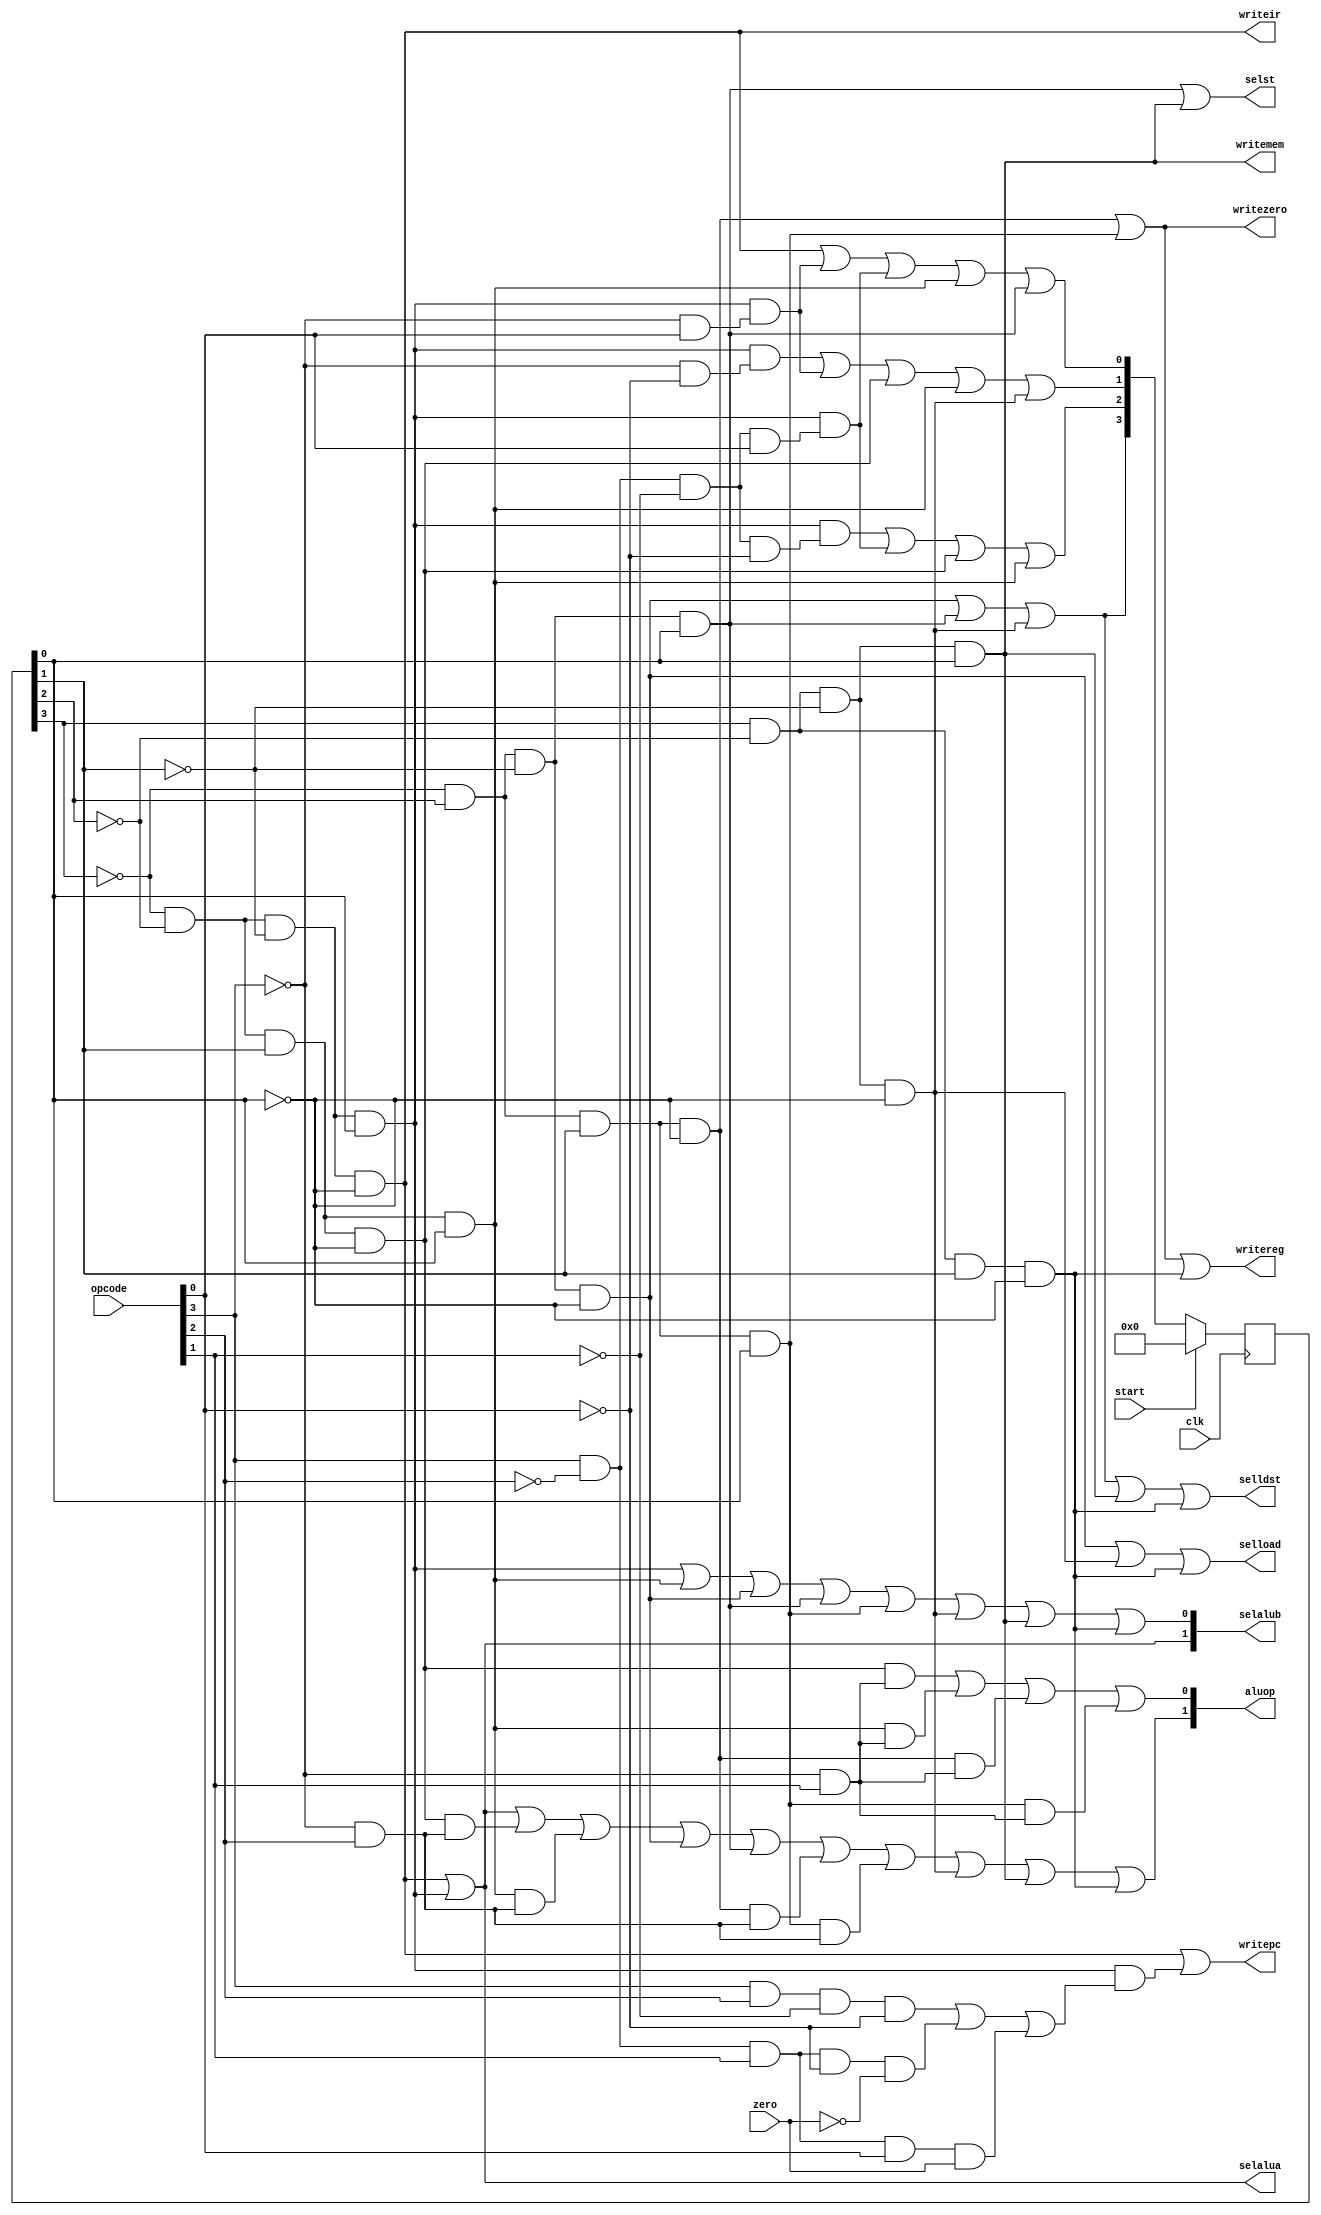
module   control(clk,start,zero,opcode,writepc,selldst,writemem,writeir,selload,selst,writereg,selalua,selalub,aluop,writezero);

input clk,start,zero;
input [5:0] opcode;
output writepc,selldst,writemem,writeir,selload,selst,writereg,selalua,writezero;
output [1:0] selalub,aluop;

reg  [3:0]q;
wire [3:0]d;
wire  zero;

always @(posedge clk)
	begin
		if(start)
			q<=4'd0;
		else
			q<=d;									
	end	
assign d[0]=(~q[3]&~q[2]&~q[1]&~q[0])|((~q[3]&~q[2]&~q[1]&q[0])&(~opcode[3]&opcode[0]))|((~q[3]&~q[2]&~q[1]&q[0])&(opcode[3]&~opcode[2]&~opcode[1]&opcode[0]))|(~q[3]&~q[2]&q[1]&q[0])|(~q[3]&q[2]&~q[1]&q[0]);
assign d[1]=((~q[3]&~q[2]&~q[1]&q[0])&(~opcode[3]&~opcode[0]))|((~q[3]&~q[2]&~q[1]&q[0])&(~opcode[3]&opcode[0]))|(~q[3]&~q[2]&q[1]&~q[0])|(~q[3]&~q[2]&q[1]&q[0])|(q[3]&~q[2]&~q[1]&~q[0]);
assign d[2]=((~q[3]&~q[2]&~q[1]&q[0])&(opcode[3]&~opcode[2]&~opcode[1]&~opcode[0]))|((~q[3]&~q[2]&~q[1]&q[0])&(opcode[3]&~opcode[2]&~opcode[1]&opcode[0]))|(~q[3]&~q[2]&q[1]&~q[0])|(~q[3]&~q[2]&q[1]&q[0]);
assign d[3]=(~q[3]&q[2]&~q[1]&~q[0])|(~q[3]&q[2]&~q[1]&q[0])|(q[3]&~q[2]&~q[1]&~q[0]);
assign writepc=(~q[3]&~q[2]&~q[1]&~q[0])|((~q[3]&~q[2]&~q[1]&q[0])&((opcode[3]&opcode[2]&~opcode[1]&~opcode[0])|(opcode[3]&~opcode[2]&opcode[1]&~opcode[0]&~zero)|(opcode[3]&~opcode[2]&opcode[1]&opcode[0]&zero)));
assign selldst=(~q[3]&q[2]&~q[1]&~q[0])|(~q[3]&q[2]&~q[1]&q[0])|(q[3]&~q[2]&~q[1]&~q[0])|(q[3]&~q[2]&~q[1]&q[0])|(q[3]&~q[2]&q[1]&~q[0]);
assign writemem=q[3]&~q[2]&~q[1]&q[0];
assign writeir=~q[3]&~q[2]&~q[1]&~q[0];
assign selload=(~q[3]&q[2]&~q[1]&~q[0])|(q[3]&~q[2]&~q[1]&~q[0])|(q[3]&~q[2]&q[1]&~q[0]);
assign selst=(~q[3]&q[2]&~q[1]&q[0])|(q[3]&~q[2]&~q[1]&q[0]);
assign writereg=(~q[3]&q[2]&q[1]&~q[0])|(~q[3]&q[2]&q[1]&q[0])|(q[3]&~q[2]&q[1]&~q[0]);
assign selalua=(~q[3]&~q[2]&~q[1]&~q[0])|(~q[3]&~q[2]&~q[1]&q[0]);
assign selalub[1]=(~q[3]&~q[2]&~q[1]&~q[0])|(~q[3]&~q[2]&~q[1]&q[0]);
assign selalub[0]=(~q[3]&~q[2]&~q[1]&q[0])|(~q[3]&~q[2]&q[1]&q[0])|(~q[3]&q[2]&~q[1]&~q[0])|(~q[3]&q[2]&~q[1]&q[0])|(~q[3]&q[2]&q[1]&q[0])|(q[3]&~q[2]&~q[1]&~q[0])|(q[3]&~q[2]&~q[1]&q[0])|(q[3]&~q[2]&q[1]&~q[0]);
assign writezero=(~q[3]&q[2]&q[1]&~q[0])|(~q[3]&q[2]&q[1]&q[0]);
assign aluop[1]=(~q[3]&~q[2]&~q[1]&~q[0])|(~q[3]&~q[2]&~q[1]&q[0])|((~q[3]&~q[2]&q[1]&~q[0])&(~opcode[3]&opcode[2]))|((~q[3]&~q[2]&q[1]&q[0])&(~opcode[3]&opcode[2]))|(~q[3]&q[2]&~q[1]&~q[0])|(~q[3]&q[2]&~q[1]&q[0])|((~q[3]&q[2]&q[1]&~q[0])&(~opcode[3]&opcode[2]))|((~q[3]&q[2]&q[1]&q[0])&(~opcode[3]&opcode[2]))|(q[3]&~q[2]&~q[1]&~q[0])|(q[3]&~q[2]&~q[1]&q[0])|(q[3]&~q[2]&q[1]&~q[0]);
assign aluop[0]=((~q[3]&~q[2]&q[1]&~q[0])&(~opcode[3]&opcode[1]))|((~q[3]&~q[2]&q[1]&q[0])&(~opcode[3]&opcode[1]))|((~q[3]&q[2]&q[1]&~q[0])&(~opcode[3]&opcode[1]))|((~q[3]&q[2]&q[1]&q[0])&(~opcode[3]&opcode[1]));

endmodule